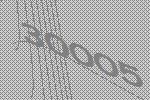
30005